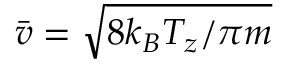
\bar { v } = \sqrt { 8 k _ { B } T _ { z } / \pi m }